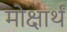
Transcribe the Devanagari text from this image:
मोक्षार्थं